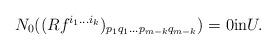
LaTeX: \begin{align*} N_0 ((Rf^{i_1 \dots i_k})_{p_1 q_1 \dots p_{m-k} q_{m-k}})=0 \mbox{in} U.\end{align*}